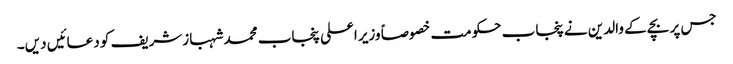
جس پر بچے کے والدین نے پنجاب حکومت خصوصاً وزیر اعلی پنجاب محمد شہبازشریف کو دعائیں دیں۔